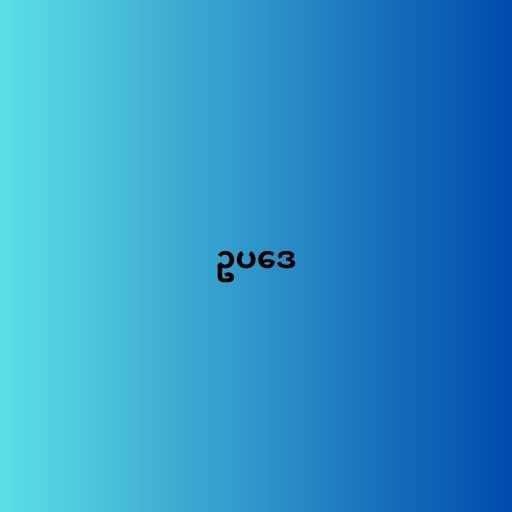
ဥပဒေ